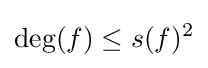
\deg(f)\leq s(f)^{2}